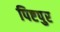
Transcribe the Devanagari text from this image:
पिष्टपुर